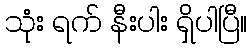
သုံး ရက် နီးပါး ရှိပါပြီ။